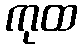
ကုထ